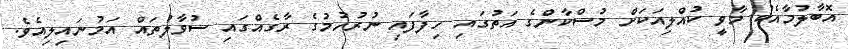
އޮބާލުމާއެކު މާވީ ކުއްލިއަކަށް މުސްކާންގެ އަތުގައި ހިފާފައި ނުރުހުމުގެ ރާގެއްގައި ސުވާލުތައް އަމުނައިލިއެވެ.